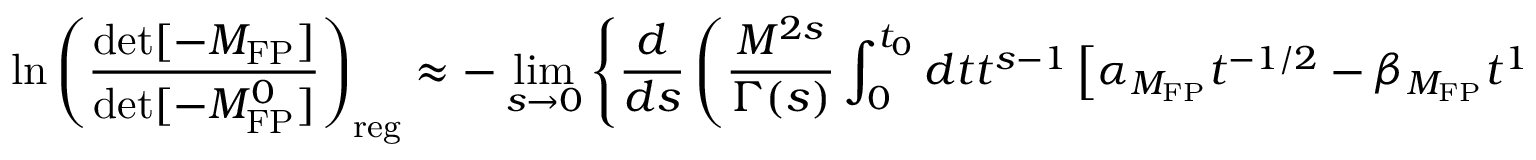
\ln \left( { \frac { \operatorname * { d e t } [ - { \cal M } _ { \mathrm { F P } } ] } { \operatorname * { d e t } [ - { \cal M } _ { \mathrm { F P } } ^ { 0 } ] } } \right) _ { \mathrm { r e g } } \approx - \operatorname * { l i m } _ { s \to 0 } \left\{ { \frac { d } { d s } } \left( { \frac { M ^ { 2 s } } { \Gamma ( s ) } } \int _ { 0 } ^ { t _ { 0 } } d t t ^ { s - 1 } \left[ \alpha _ { { \cal M } _ { \mathrm { F P } } } t ^ { - 1 / 2 } - \beta _ { { \cal M } _ { \mathrm { F P } } } t ^ { 1 / 2 } \right] \right) \right\} \; ,